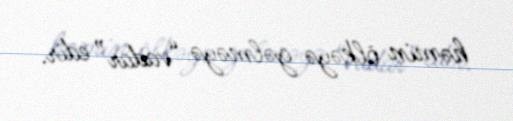
həmin ölkəyə gəlməyə “vadar” edir.